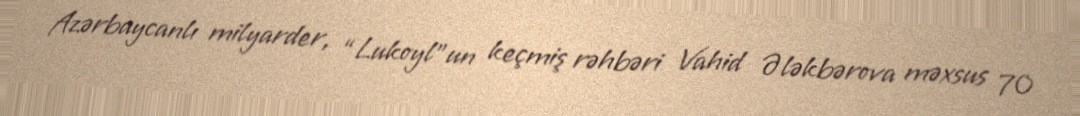
Azərbaycanlı milyarder, “Lukoyl”un keçmiş rəhbəri Vahid Ələkbərova məxsus 70